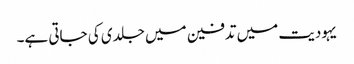
یہودیت میں تدفین میں جلدی کی جاتی ہے۔